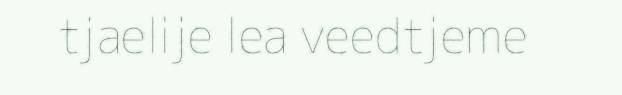
tjaelije lea veedtjeme